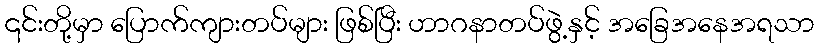
၎င်းတို့မှာ ပြောက်ကျားတပ်များ ဖြစ်ပြီး ဟာဂနာတပ်ဖွဲ့နှင့် အခြေအနေအရသာ